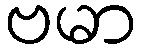
ဗမာ